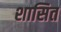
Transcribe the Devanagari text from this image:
शासित